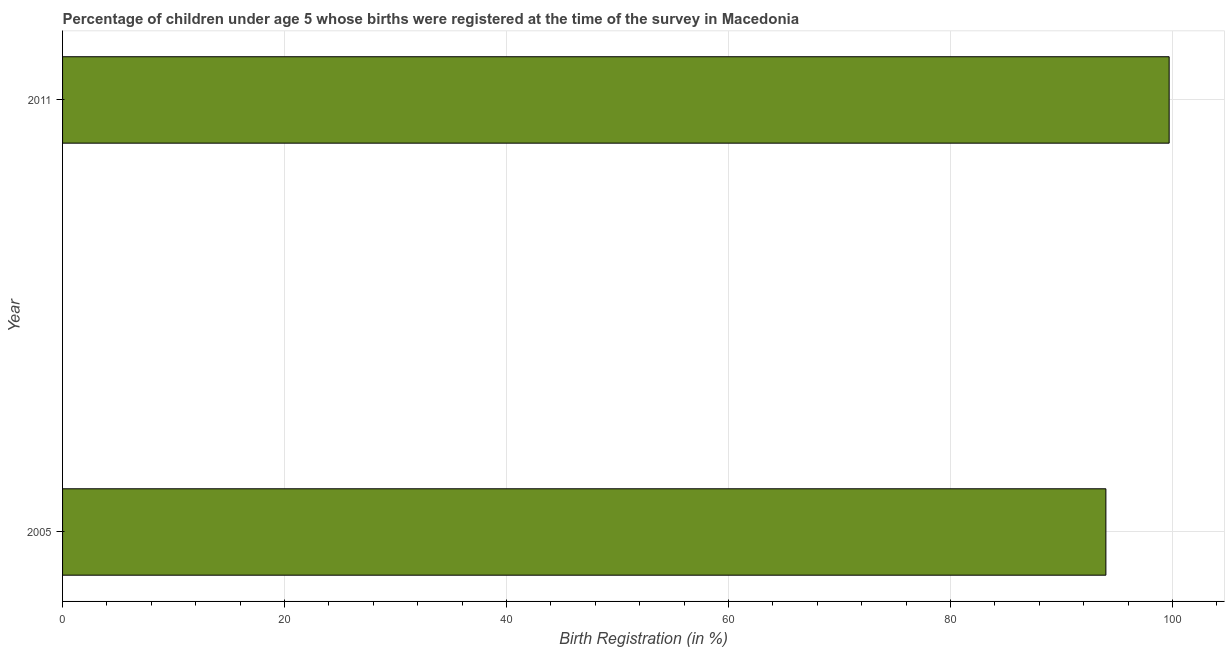
| Year | Birth registration |
 | --- | --- |
 | 2005 | 94 |
 | 2011 | 99.7 |